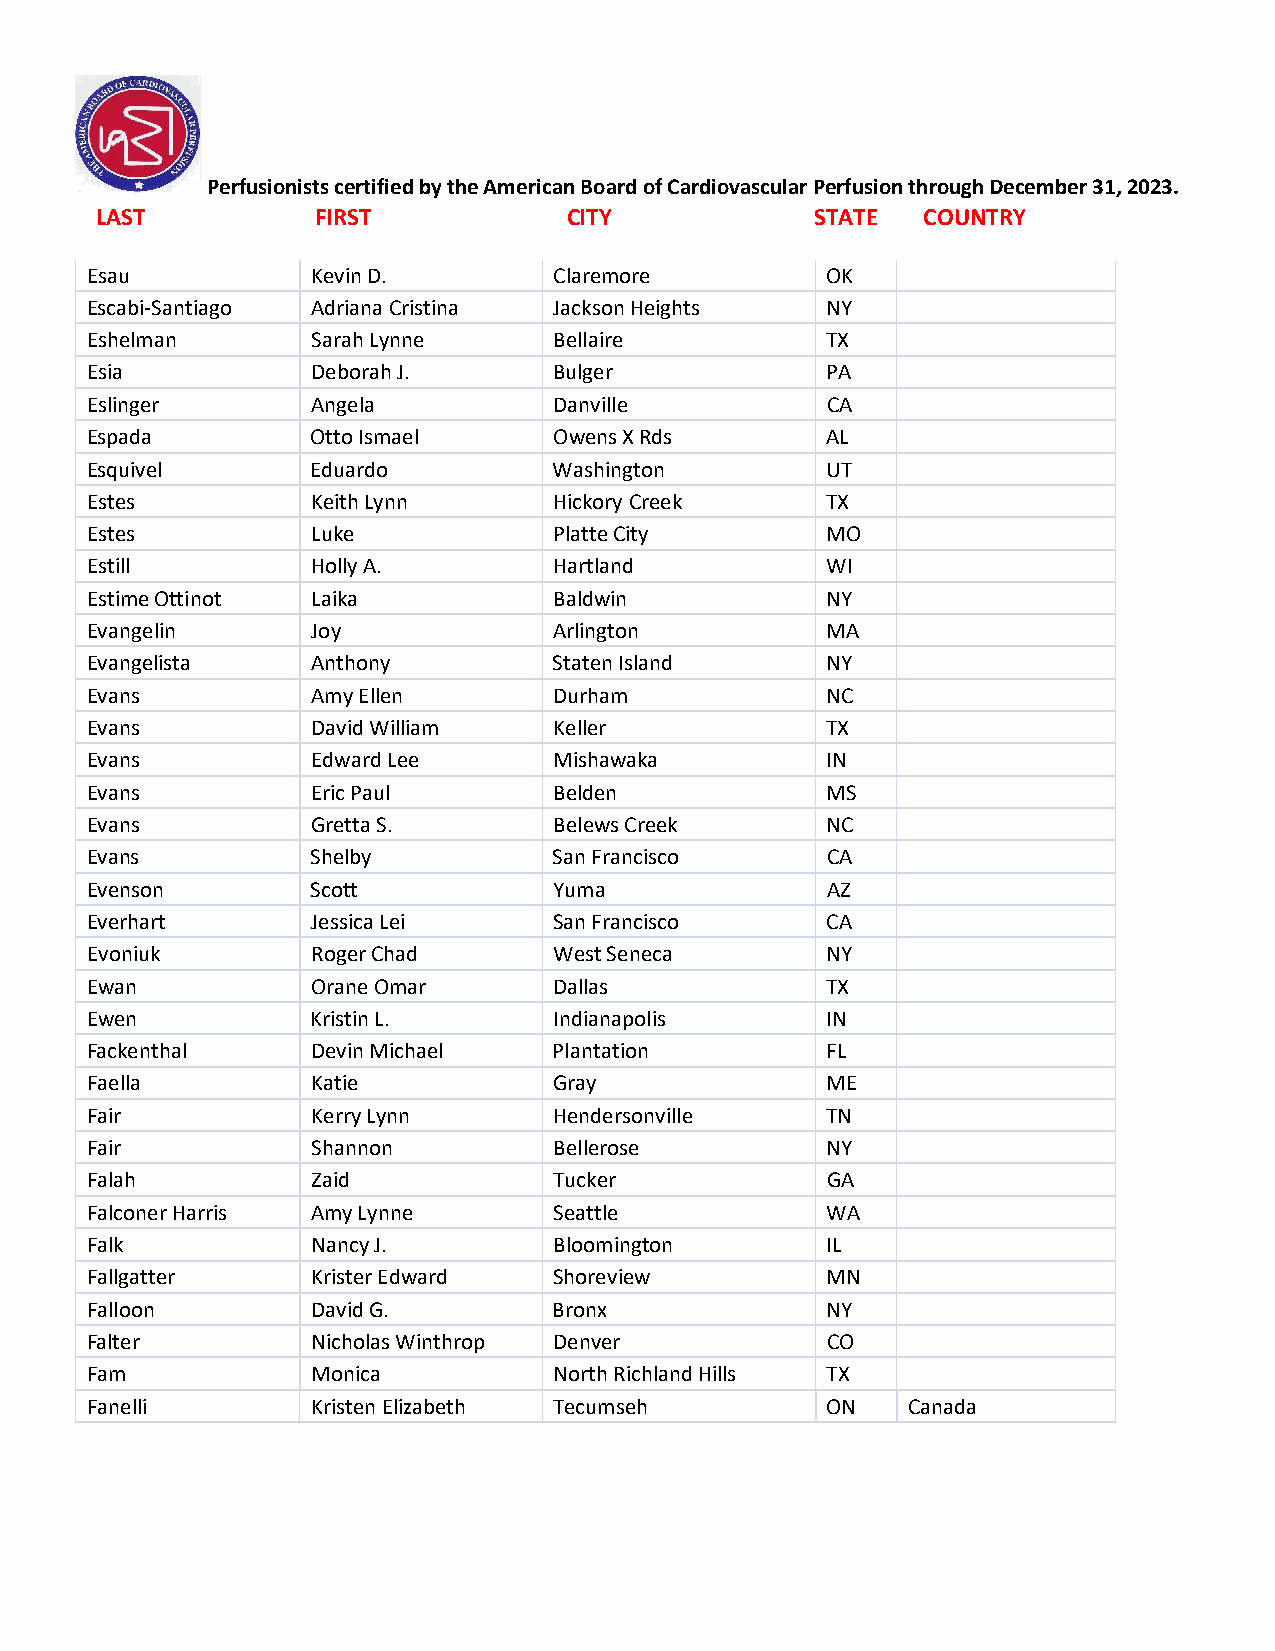
Perfusionists certified by the American Board of Cardiovascular Perfusion through December 31, 2023.
 LAST           FIRST            CITY            STATE  COUNTRY
 Esau           Kevin D.        Claremore         OK
 Escabi-Santiago Adriana Cristina Jackson Heights NY
 Eshelman       Sarah Lynne     Bellaire          TX
 Esia           Deborah J.      Bulger            PA
 Eslinger       Angela          Danville          CA
 Espada         Otto Ismael     Owens X Rds       AL
 Esquivel       Eduardo         Washington        UT
 Estes          Keith Lynn      Hickory Creek     TX
 Estes          Luke            Platte City       MO
 Estill         Holly A.        Hartland          WI
 Estime Ottinot Laika           Baldwin           NY
 Evangelin      Joy             Arlington         MA
 Evangelista    Anthony         Staten Island     NY
 Evans          Amy Ellen       Durham            NC
 Evans          David William   Keller            TX
 Evans          Edward Lee      Mishawaka         IN
 Evans          Eric Paul       Belden            MS
 Evans          Gretta S.       Belews Creek      NC
 Evans          Shelby          San Francisco     CA
 Evenson        Scott           Yuma              AZ
 Everhart       Jessica Lei     San Francisco     CA
 Evoniuk        Roger Chad      West Seneca       NY
 Ewan           Orane Omar      Dallas            TX
 Ewen           Kristin L.      Indianapolis      IN
 Fackenthal     Devin Michael   Plantation        FL
 Faella         Katie           Gray              ME
 Fair           Kerry Lynn      Hendersonville    TN
 Fair           Shannon         Bellerose         NY
 Falah          Zaid            Tucker            GA
 Falconer Harris Amy Lynne      Seattle           WA
 Falk           Nancy J.        Bloomington       IL
 Fallgatter     Krister Edward  Shoreview         MN
 Falloon        David G.        Bronx             NY
 Falter         Nicholas Winthrop Denver          CO
 Fam            Monica          North Richland Hills TX
 Fanelli        Kristen Elizabeth Tecumseh        ON   Canada